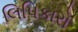
લિપિકારો